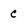
Character: c